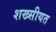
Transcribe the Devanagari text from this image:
शख्सीयत